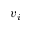
v _ { i }